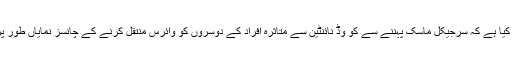
محققین نے دعویٰ کیا ہے کہ سرجیکل ماسک پہننے سے کو وِڈ نائنٹین سے متاثرہ افراد کے دوسروں کو وائرس منتقل کرنے کے چانسز نمایاں طور پر کم ہو جاتے ہیں۔